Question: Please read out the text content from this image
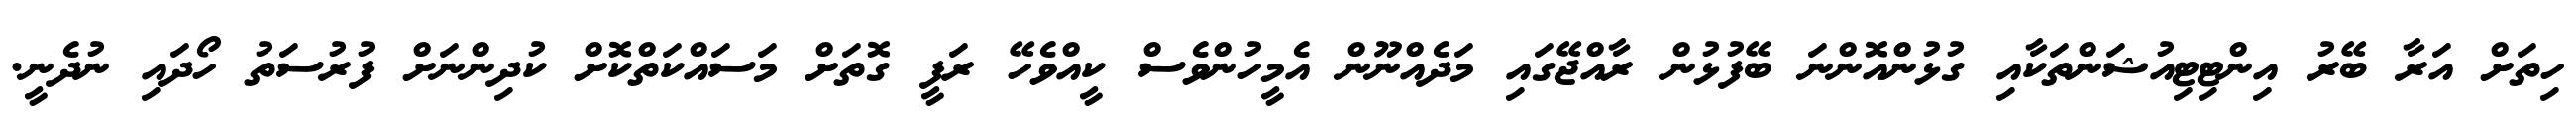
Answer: ހިތަށް އަރާ ބޭރު އިންޓިޓިއުޝަންތަކާއި ގުޅުންއޮންނަ ބޭފުޅުން ރާއްޖޭގައި މަދެއްނޫން އެމީހުންވެސް ކީއްވެހޭ ރަފީ ގޮތަށް މަސައްކަތްކޮށް ކުދިންނަށް ފުރުސަތު ހޯދައި ނުދެނީ.